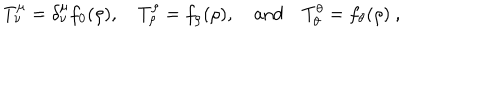
LaTeX: T _ { \nu } ^ { \mu } = \delta _ { \nu } ^ { \mu } f _ { 0 } ( \rho ) , \quad T _ { \rho } ^ { \rho } = f _ { \rho } ( \rho ) , \quad \mathrm { a n d } \quad T _ { \theta } ^ { \theta } = f _ { \theta } ( \rho ) ~ ,